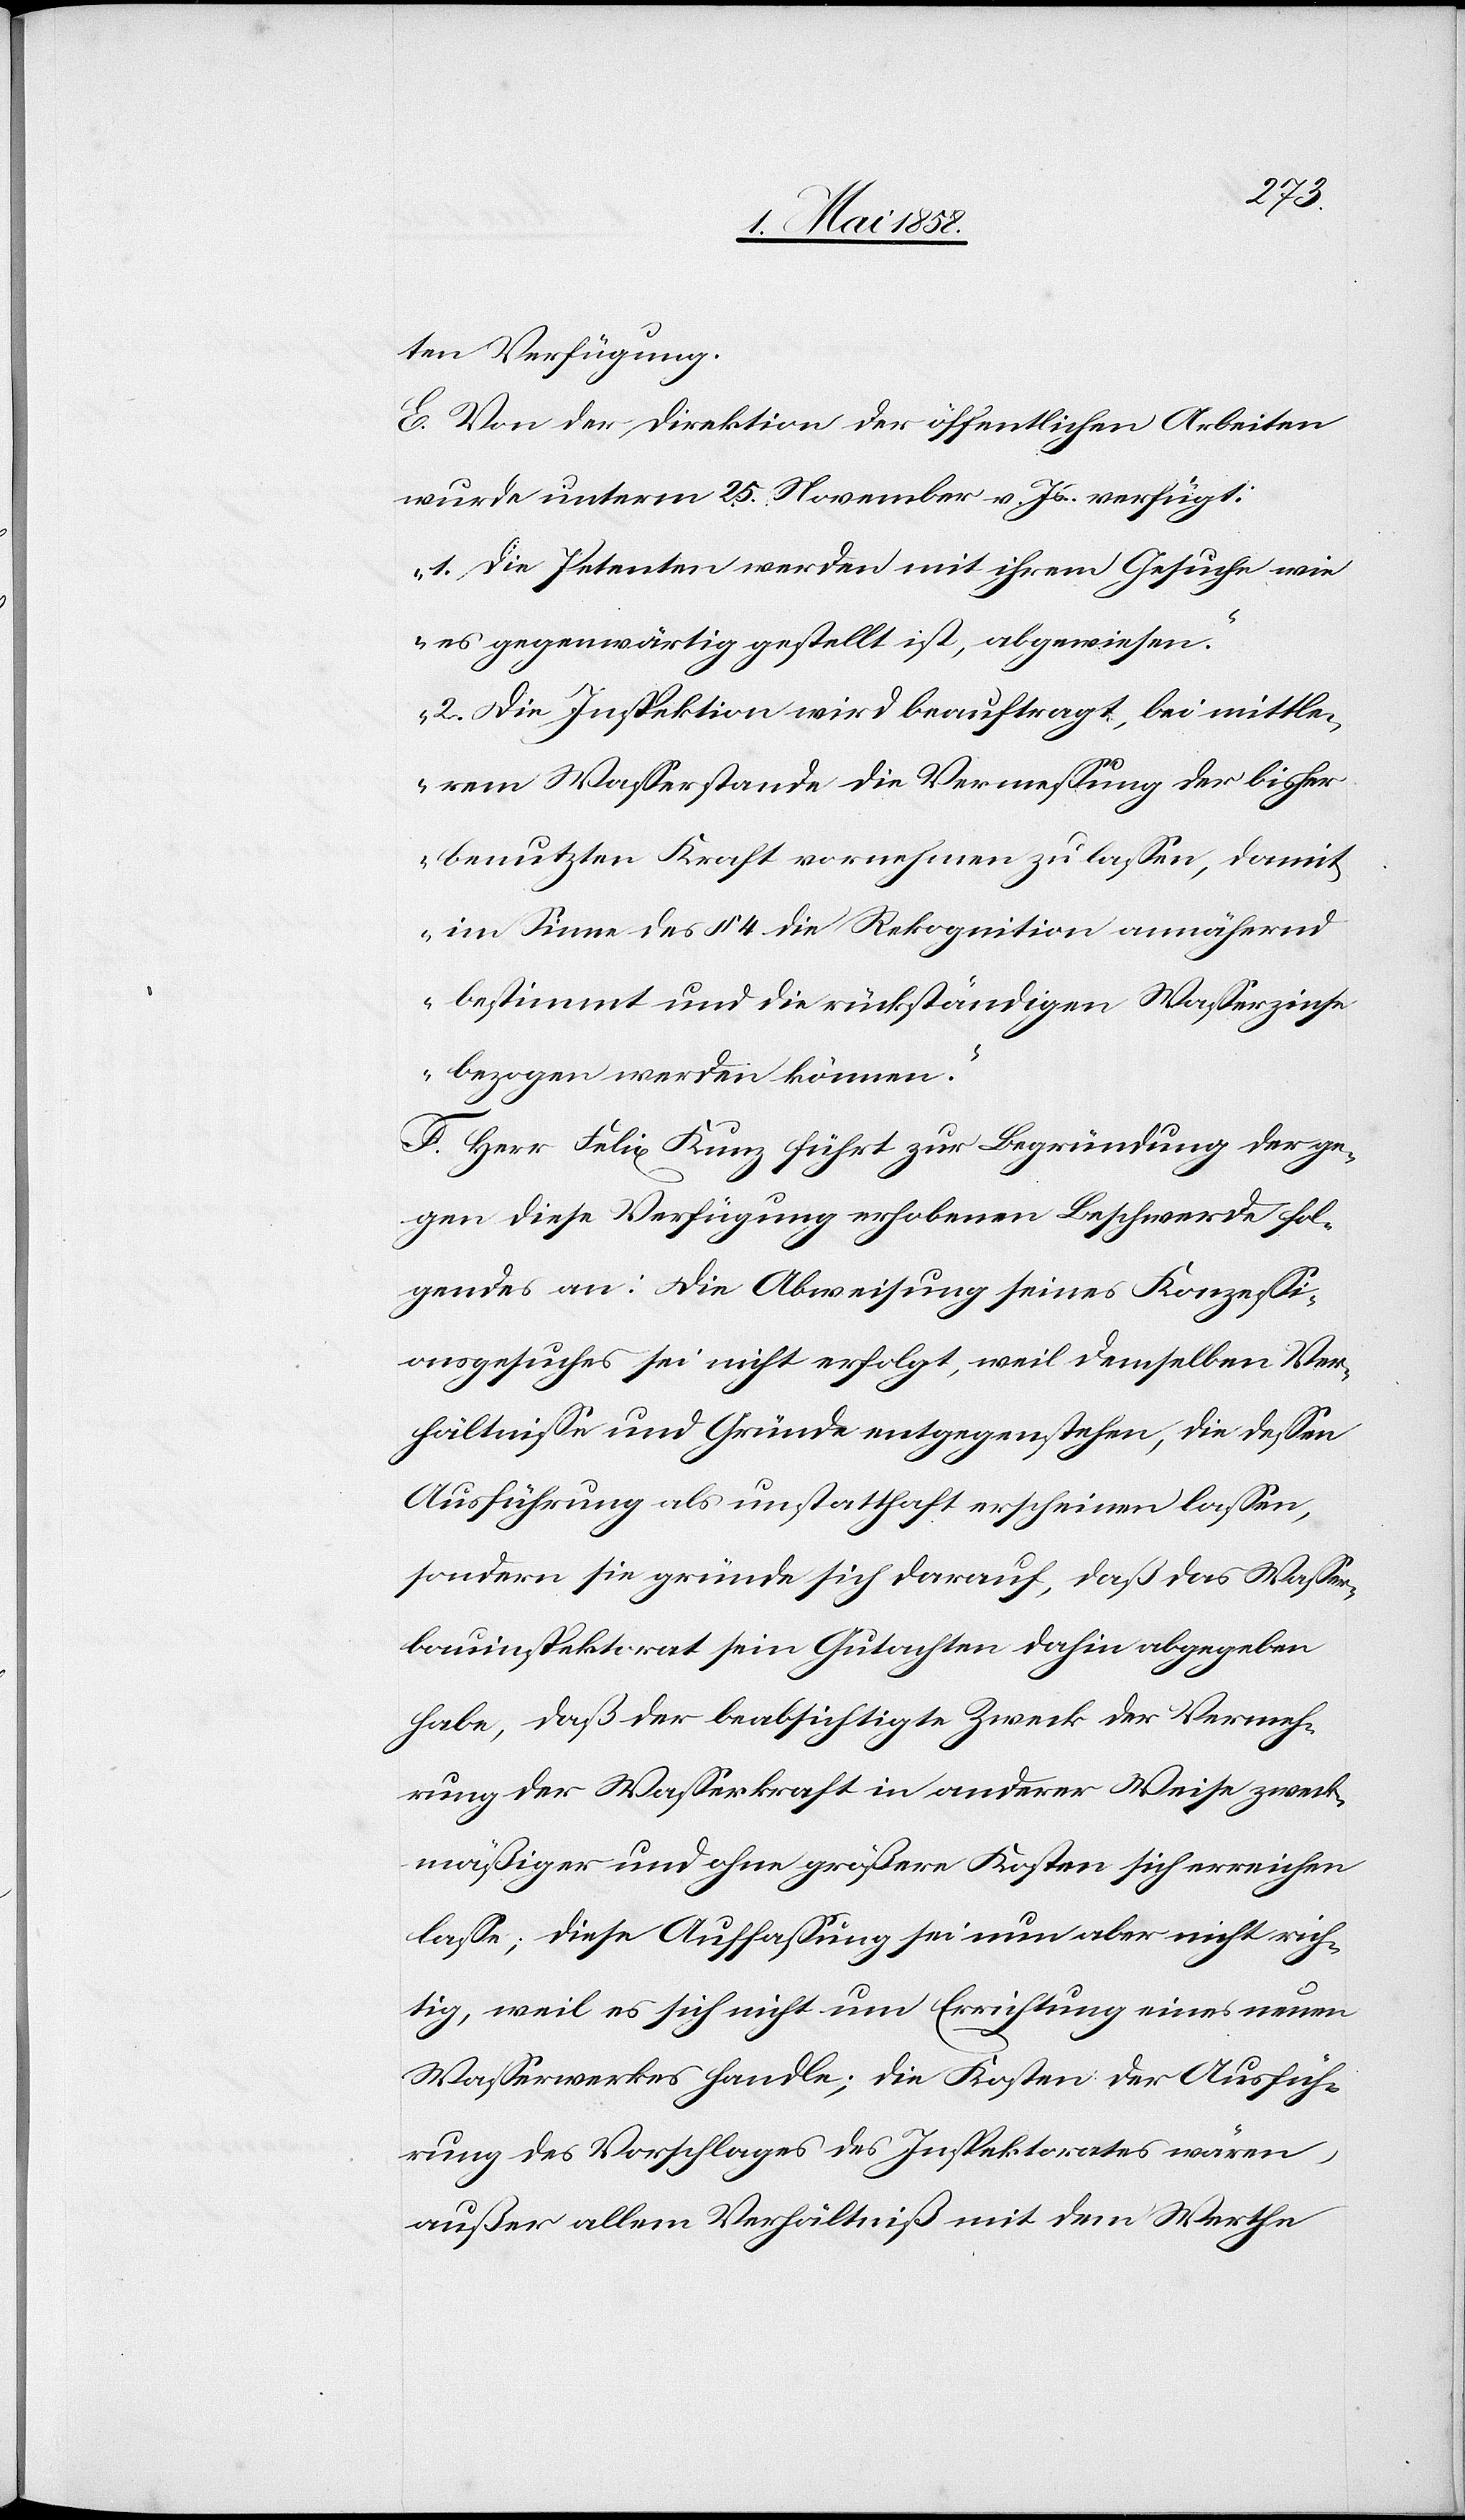
ten Verfügung.
E. Von der Direktion der öffentlichen Arbeiten
wurde unterm 25. November v. Js. verfügt:
„1. Die Petenten werden mit ihrem Gesuche wie
es gegenwärtig gestellt ist, abgewiesen.
2. Die Inspektion wird beauftragt, bei mittle¬
rem Wasserstande die Vermessung der bisher
benutzten Kraft vornehmen zu lassen, damit
im Sinne des § 4 die Rekognition annährend
bestimmt und die rückständigen Wasserzinse
bezogen werden könne.“
F. Herr Felix Kunz führt zur Begründung der ge¬
gen diese Verfügung erhobenen Beschwerde fol¬
gendes an: Die Abweisung seines Konzessi¬
onsgesuches sei nicht erfolgt, weil demselben Ver¬
hältnisse und Gründe entgegenstehen, die dessen
Ausführung als unstatthaft erscheinen lassen,
sondern sie gründe sich darauf, daß das Wasser¬
bauinspektorat sein Gutachten dahin abgegeben
habe, daß der beabsichtigte Zweck der Vermeh¬
rung der Wasserkraft in anderer Weise zweck¬
mäßiger und ohne größere Kosten sich erreichen
lasse; diese Auffassung sei nun aber nicht rich¬
tig, weil es sich nicht um Errichtung eines neuen
Wasserwerkes handle; die Kosten der Ausfüh¬
rung des Vorschlages des Inspektorates währen,
außer allem Verhältniß mit dem Werthe